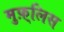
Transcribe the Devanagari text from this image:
मुफ़्लिस